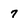
Character: 7